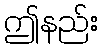
ဤနည်း